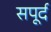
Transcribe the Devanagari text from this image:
सपूर्द